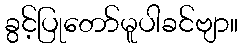
ခွင့်ပြုတော်မူပါခင်ဗျာ။